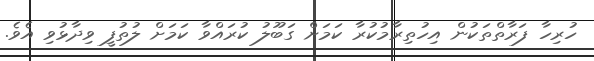
ހުރިހާ ފަރާތްތަކުން އިހުތިރާމުކުރާ ކަމަށް ގަބޫލު ކުރައްވާ ކަމަށް ލުތުފީ ވިދާޅުވި އެވެ.